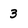
Character: 3